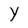
Character: Y